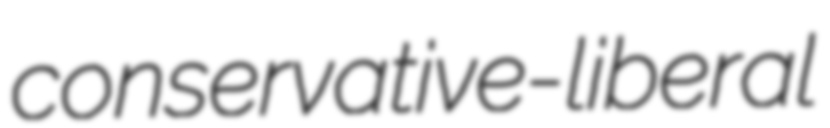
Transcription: conservative-liberal